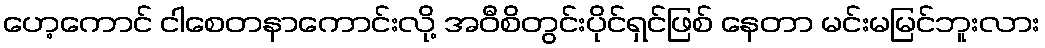
ဟေ့ကောင် ငါစေတနာကောင်းလို့ အဝီစိတွင်းပိုင်ရှင်ဖြစ် နေတာ မင်းမမြင်ဘူးလား